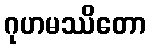
ဂုဟမဿိတော